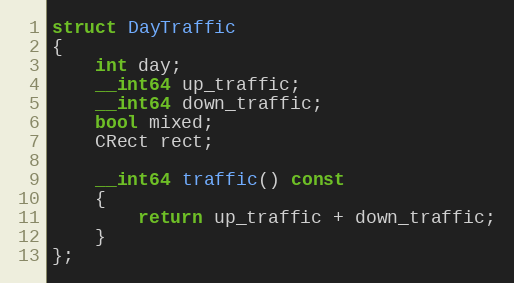
Language: C
struct DayTraffic
{
	int day;
	__int64 up_traffic;
	__int64 down_traffic;
	bool mixed;
	CRect rect;

	__int64 traffic() const
	{
		return up_traffic + down_traffic;
	}
};